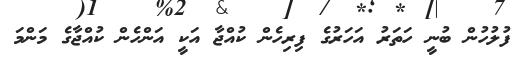
ފުލުހުން ބުނީ ހަތަރު އަހަރުގެ ފިރިހެން ކުއްޖާ އަކީ އަންހެން ކުއްޖާގެ މަންމަ